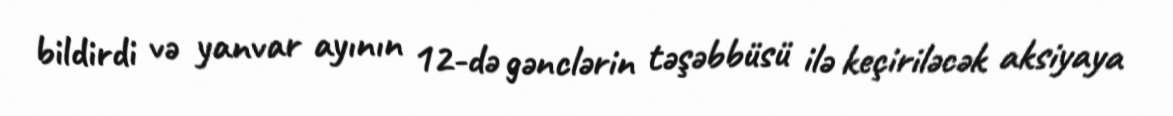
bildirdi və yanvar ayının 12-də gənclərin təşəbbüsü ilə keçiriləcək aksiyaya